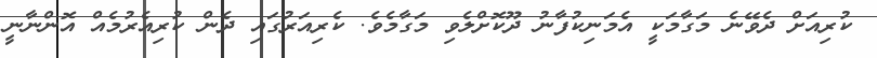
ކުރިއަށް ދެވޭނެ މަގާމަކީ އެމަނިކުފާނު ދޫކޮށްލެވި މަގާމެވެ. ކެރިއަރުގައި ދެން ކުރިއެރުމެއް އޮންނާނީ